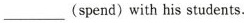
___(spend)withhis students.